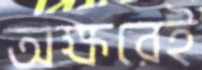
অক্ষরেই